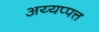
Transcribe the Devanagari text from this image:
अय्यप्पत्त